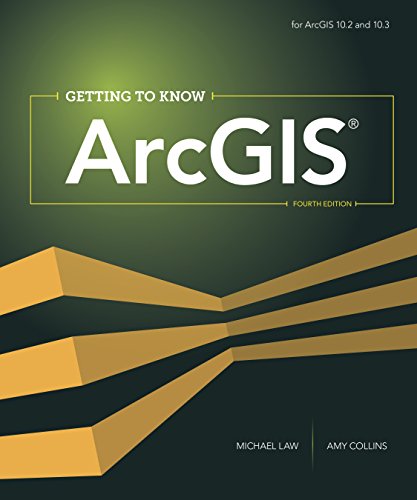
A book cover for Getting to Know ArcGIS; Michael Law; Engineering & Transportation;